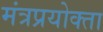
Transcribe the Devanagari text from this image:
मंत्रप्रयोक्ता